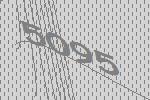
5095